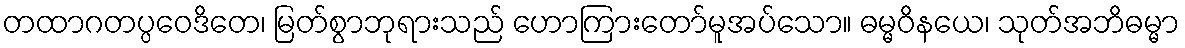
တထာဂတပ္ပဝေဒိတေ၊ မြတ်စွာဘုရားသည် ဟောကြားတော်မူအပ်သော။ ဓမ္မဝိနယေ၊ သုတ်အဘိဓမ္မာ